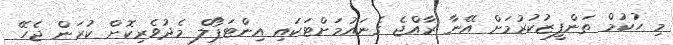
މި ހުކުމް ތަންފީޒުކުރުމަށް އޭނާ ރާއްޖެ ގެނައުމަށްޓަކައި އިންޓަޕޯލް މެދުވެރިކޮށް ކުރަން ޖެހޭ